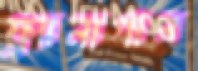
ফ্ল্যানাগান